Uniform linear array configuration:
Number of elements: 8
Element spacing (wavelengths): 1
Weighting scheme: blackman
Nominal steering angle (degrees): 15
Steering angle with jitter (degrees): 14.11
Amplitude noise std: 0.05
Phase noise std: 0.05

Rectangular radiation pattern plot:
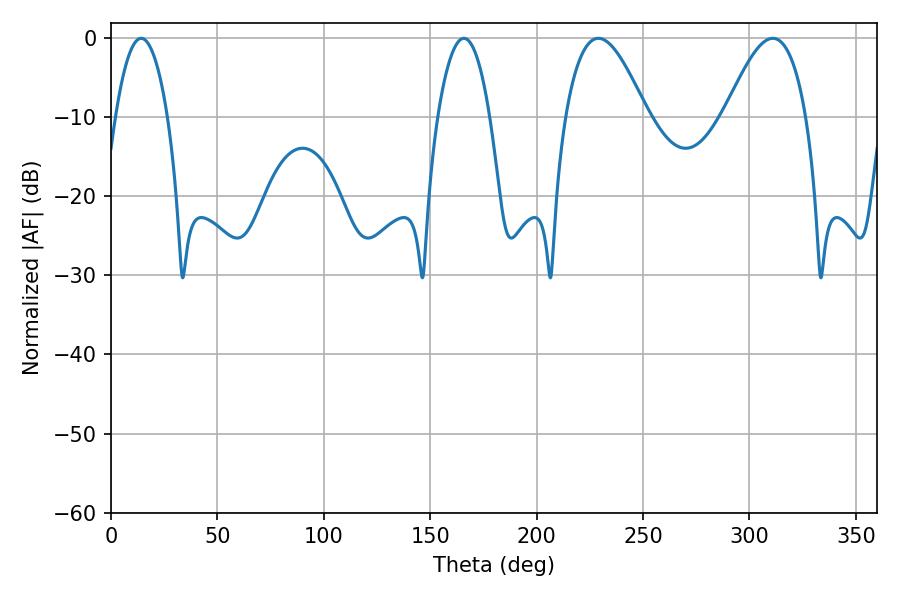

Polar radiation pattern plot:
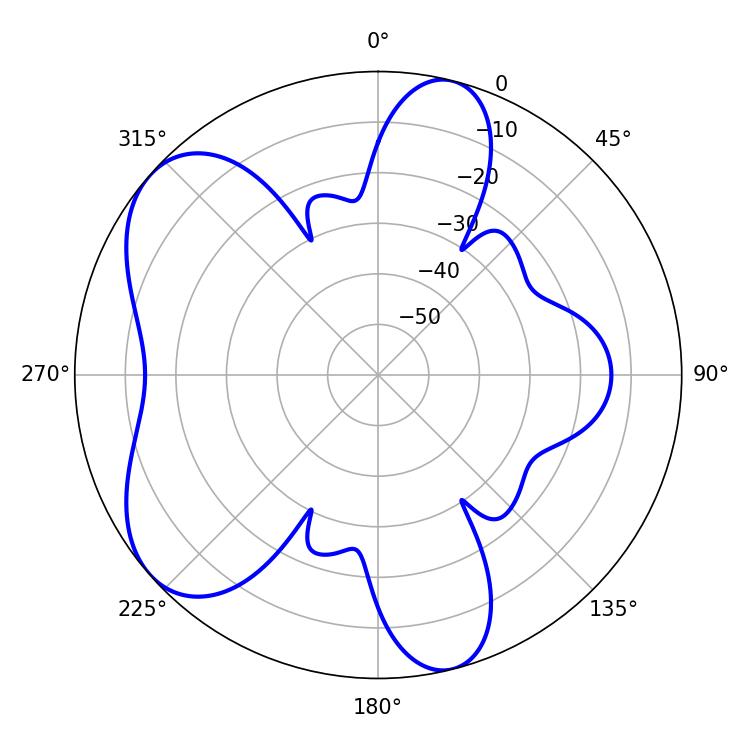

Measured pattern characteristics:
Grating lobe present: TRUE
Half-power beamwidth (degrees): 13.68
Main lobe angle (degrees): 14.22